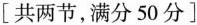
[共两节，满分50分]